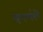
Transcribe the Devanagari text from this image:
ग्द्र्ग्ग्थ्व्॑व्॑वे